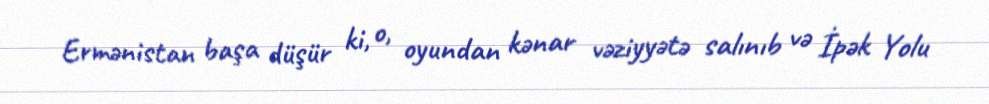
Ermənistan başa düşür ki, o, oyundan kənar vəziyyətə salınıb və İpək Yolu